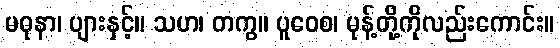
မဓုနာ၊ ပျားနှင့်။ သဟ၊ တကွ။ ပူဝေစ၊ မုန့်တို့ကိုလည်းကောင်း။